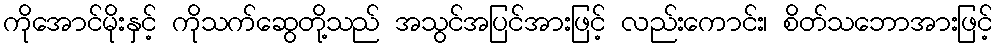
ကိုအောင်မိုးနှင့် ကိုသက်ဆွေတို့သည် အသွင်အပြင်အားဖြင့် လည်းကောင်း၊ စိတ်သဘောအားဖြင့်